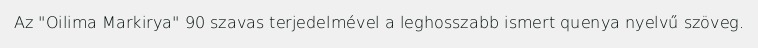
Az "Oilima Markirya" 90 szavas terjedelmével a leghosszabb ismert quenya nyelvű szöveg.